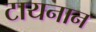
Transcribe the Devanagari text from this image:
टायनान